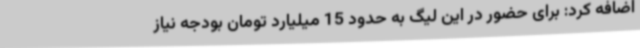
اضافه کرد: برای حضور در این لیگ به حدود 15 میلیارد تومان بودجه نیاز